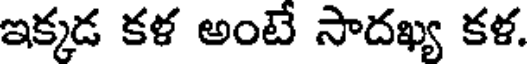
ఇక్కడ కళ అంటే సాదఖ్య కళ.